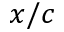
x / c